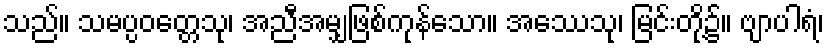
သည်။ သမပ္ပဝတ္တေသု၊ အညီအမျှဖြစ်ကုန်သော။ အေဿသု၊ မြင်းတို့၌။ ဗျာပါရံ၊